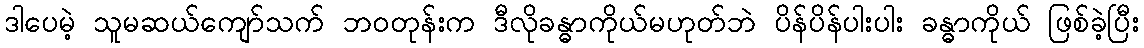
ဒါပေမဲ့ သူမဆယ်ကျော်သက် ဘဝတုန်းက ဒီလိုခန္ဓာကိုယ်မဟုတ်ဘဲ ပိန်ပိန်ပါးပါး ခန္ဓာကိုယ် ဖြစ်ခဲ့ပြီး